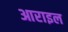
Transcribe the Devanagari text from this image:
आराइल